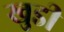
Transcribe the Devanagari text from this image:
खुडी